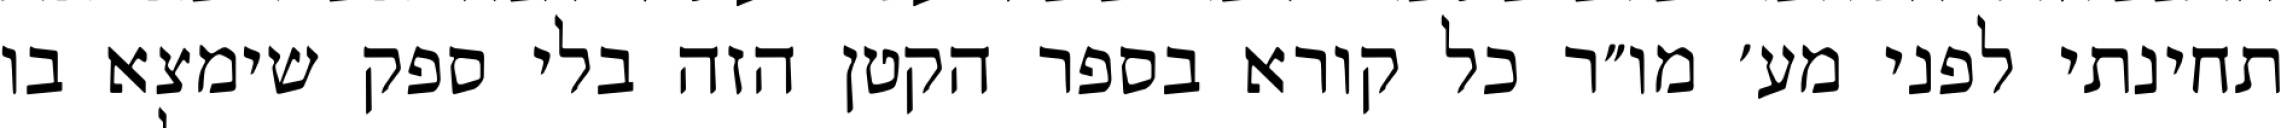
תחינתי לפני מע׳ מו״ר כל קורא בספר הקטן הזה בלי ספק שימצא בו